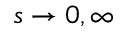
s \to 0 , \infty